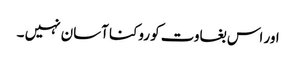
اور اس بغاوت کو روکنا آسان نہیں ۔